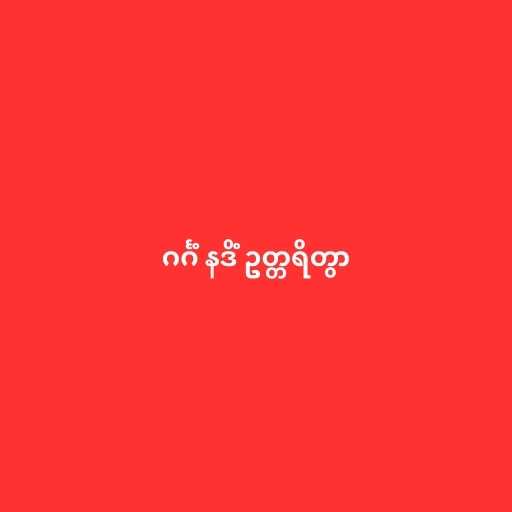
ဂင်္ဂံ နဒိံ ဥတ္တရိတွာ